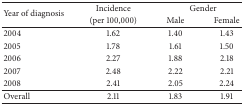
<table><thead><tr><td rowspan="2"><b>Year of diagnosis </b></td><td><b>Incidence </b></td><td colspan="2"><b>Gender</b></td></tr><tr><td><b>(per 100,000)</b></td><td><b>Male</b></td><td><b>Female</b></td></tr></thead><tbody><tr><td>2004</td><td>1.62</td><td>1.40</td><td>1.43</td></tr><tr><td>2005</td><td>1.78</td><td>1.61</td><td>1.50</td></tr><tr><td>2006</td><td>2.27</td><td>1.88</td><td>2.18</td></tr><tr><td>2007</td><td>2.48</td><td>2.22</td><td>2.21</td></tr><tr><td>2008</td><td>2.41</td><td>2.05</td><td>2.24</td></tr><tr><td>Overall</td><td>2.11</td><td>1.83</td><td>1.91</td></tr></tbody></table>